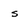
Character: s